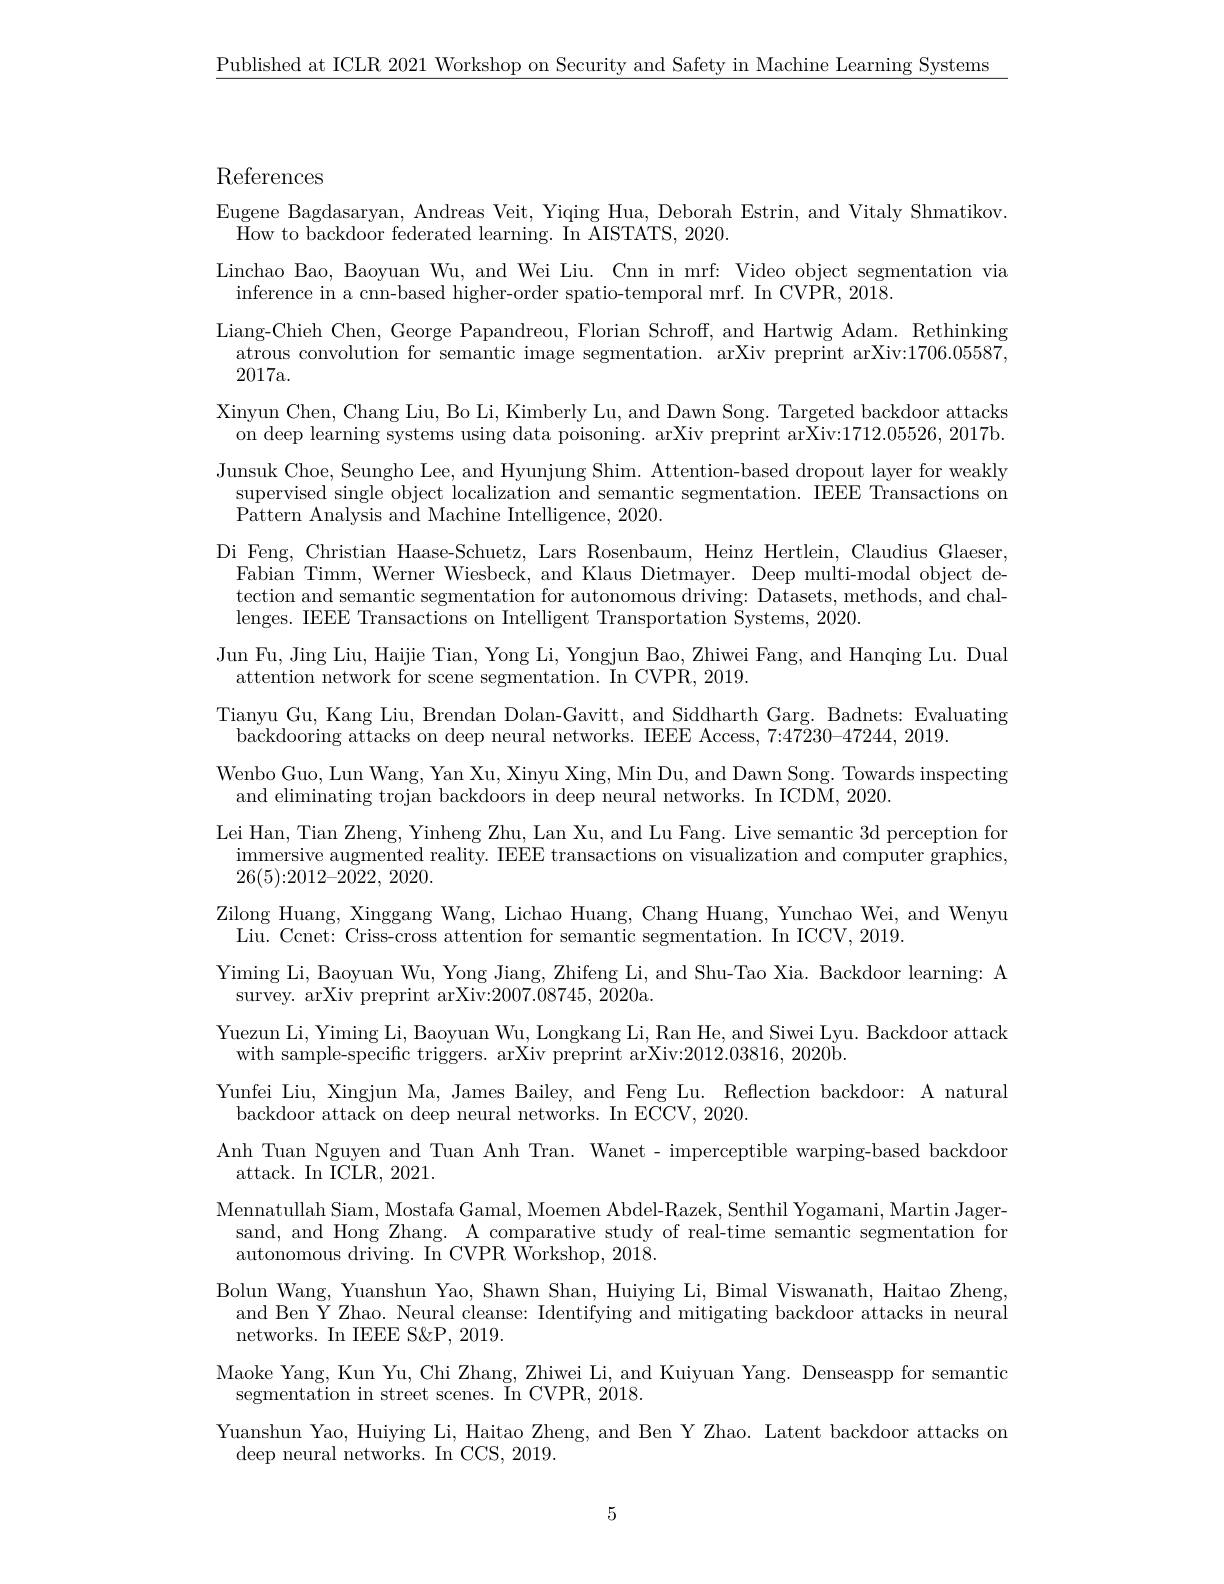
$\underline{\text{Published at ICLR 2021 Workshop on Security and Safety in Machine Learning Systems}}$

## References

Eugene Bagdasaryan, Andreas Veit, Yiqing Hua, Deborah Estrin, and Vitaly Shmatikov.
How to backdoor federated learning. In AISTATS, 2020.
Linchao Bao, Baoyuan Wu, and Wei Liu. Cnn in mrf: Video object segmentation via
inference in a cnn-based higher-order spatio-temporal mrf. In CVPR, 2018.
Liang-Chieh Chen, George Papandreou, Florian Schroff, and Hartwig Adam. Rethinking atrous convolution for semantic image segmentation. arXiv preprint arXiv:1706.05587, 2017a.
Xinyun Chen, Chang Liu, Bo Li, Kimberly Lu, and Dawn Song. Targeted backdoor attacks on deep learning systems using data poisoning. arXiv preprint arXiv:1712.05526, 2017b. Junsuk Choe, Seungho Lee, and Hyunjung Shim. Attention-based dropout layer for weakly
$\begin{array}{c}\mathrm{supervised~single~object~localization~and~semantic~segmentation.~IEEE~Transactions~on}\\\mathrm{supervised~single~object~localization~and~semantic~segmentation.~IEEEE~Transactions~on}\end{array}$
Pattern Analysis and Machine Intelligence, 2020.
Di Feng, Christian Haase-Schuetz, Lars Rosenbaum, Heinz Hertlein, Claudius Glaeser, Fabian Timm, Werner Wiesbeck, and Klaus Dietmayer. Deep multi-modal object detection and semantic segmentation for autonomous driving: Datasets, methods, and challenges. IEEE Transactions on Intelligent Transportation Systems, 2020
Jun Fu, Jing Liu, Haijie Tian, Yong Li, Yongjun Bao, Zhiwei Fang, and Hanqing Lu. Dual
attention network for scene segmentation. In CVPR, 2019.
Tianyu Gu, Kang Liu, Brendan Dolan-Gavitt, and Siddharth Garg. Badnets: Evaluating
backdooring attacks on deep neural networks. IEEE Access, 7:47230-47244, 2019.
Wenbo Guo, Lun Wang, Yan Xu, Xinyu Xing, Min Du, and Dawn Song. Towards inspecting
and eliminating trojan backdoors in deep neural networks. In ICDM, 2020.
Lei Han, Tian Zheng, Yinheng Zhu, Lan Xu, and Lu Fang. Live semantic 3d perception for $\begin{array}{c}\mathrm{immersive~augmented~reality.~IEEE~transactions~on~visualization~and~computer~graphics,}\end{array}$ 26(5){:}2012{-}2022, 2020.
Liu. Ccnet: Criss-cross attention for semantic segmentation. In ICCV, 2019.
Yiming Li, Baoyuan Wu, Yong Jiang, Zhifeng Li, and Shu-Tao Xia. Backdoor learning: A
survey. arXiv preprint arXiv:2007.08745, 2020a.
Yuezun Li, Yiming Li, Baoyuan Wu, Longkang Li, Ran He, and Siwei Lyu. Backdoor attack
with sample-specific triggers. arXiv preprint arXiv:2012.03816, 2020b.
Yunfei Liu, Xingjun Ma, James Bailey, and Feng Lu. Reflection backdoor: A natural
backdoor attack on deep neural networks. In ECCV, 2020.
Anh Tuan Nguyen and Tuan Anh Tran. Wanet- imperceptible warping-based backdoor
attack. In ICLR, 2021.
Mennatullah Siam, Mostafa Gamal, Moemen Abdel-Razek, Senthil Yogamani, Martin Jager-
sand, and Hong Zhang. A comparative study of real-time semantic segmentation for
autonomous driving. In CVPR Workshop, 2018.
Bolun Wang, Yuanshun Yao, Shawn Shan, Huiying Li, Bimal Viswanath, Haitao Zheng, and Ben Y Zhao. Neural cleanse: Identifying and mitigating backdoor attacks in neural networks. In IEEE S&P, 2019.
Maoke Yang, Kun Yu, Chi Zhang, Zhiwei Li, and Kuiyuan Yang. Denseaspp for semantic
segmentation in street scenes. In CVPR, 2018.
Yuanshun Yao, Huiying Li, Haitao Zheng, and Ben Y Zhao. Latent backdoor attacks on
deep neural networks. In CCS, 2019.

5